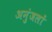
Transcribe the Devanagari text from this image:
अनुंजलों